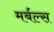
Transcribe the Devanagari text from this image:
मर्बल्स